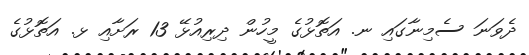
ދެވަނަ ސެމިނާގައި ނ. އަތޮޅުގެ މީހުން ދިރިއުޅޭ 13 ރަށާއި ޅ. އަތޮޅުގެ